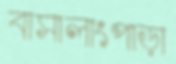
বাসালাংপাড়া